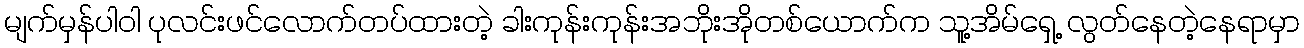
မျက်မှန်ပါဝါ ပုလင်းဖင်လောက်တပ်ထားတဲ့ ခါးကုန်းကုန်းအဘိုးအိုတစ်ယောက်က သူ့အိမ်ရှေ့ လွတ်နေတဲ့နေရာမှာ